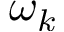
\omega _ { k }